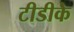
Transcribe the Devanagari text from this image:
टीडीके